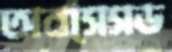
অবসেসড